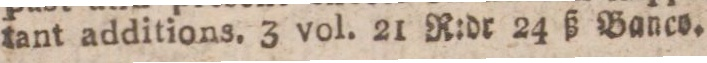
tant additions. 3 vol. 21 R:dr 24 ß Banco.